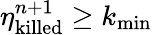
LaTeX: \eta_{\mathrm{killed}}^{n+1}\geq k_{\mathrm{min}}